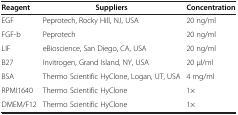
<table><thead><tr><td><b>Reagent</b></td><td><b>Suppliers</b></td><td><b>Concentration</b></td></tr></thead><tbody><tr><td>EGF</td><td>Peprotech, Rocky Hill, NJ, USA</td><td>20 ng/ml</td></tr><tr><td>FGF-b</td><td>Peprotech</td><td>20 ng/ml</td></tr><tr><td>LIF</td><td>eBioscience, San Diego, CA, USA</td><td>20 ng/ml</td></tr><tr><td>B27</td><td>Invitrogen, Grand Island, NY, USA</td><td>20 μl/ml</td></tr><tr><td>BSA</td><td>Thermo Scientific HyClone, Logan, UT, USA</td><td>4 mg/ml</td></tr><tr><td>RPMI1640</td><td>Thermo Scientific HyClone</td><td>1×</td></tr><tr><td>DMEM/F12</td><td>Thermo Scientific HyClone</td><td>1×</td></tr></tbody></table>